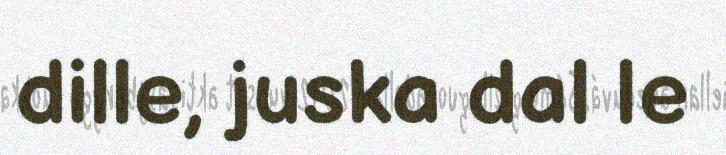
dille, juska dal le